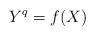
LaTeX: \begin{align*} Y^{q}=f(X)\end{align*}